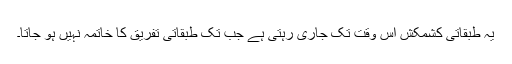
یہ طبقاتی کشمکش اس وقت تک جاری رہتی ہے جب تک طبقاتی تفریق کا خاتمہ نہیں ہو جاتا۔